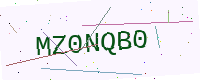
Text: MZ0NQB0